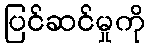
ပြင်ဆင်မှုကို